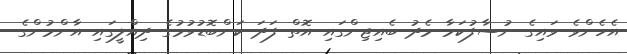
އެހެންވެ ވައިގެ ނުސާފުކަމާ މެދު ބެއިޖިންގައި އޮތް ފަދަ ކަންބޮޑުވުމުގެ ދިއްލީގައި އާންމުންގެ